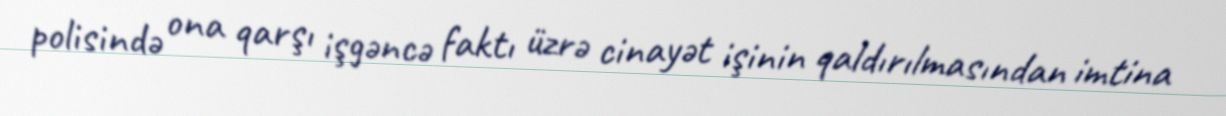
polisində ona qarşı işgəncə faktı üzrə cinayət işinin qaldırılmasından imtina